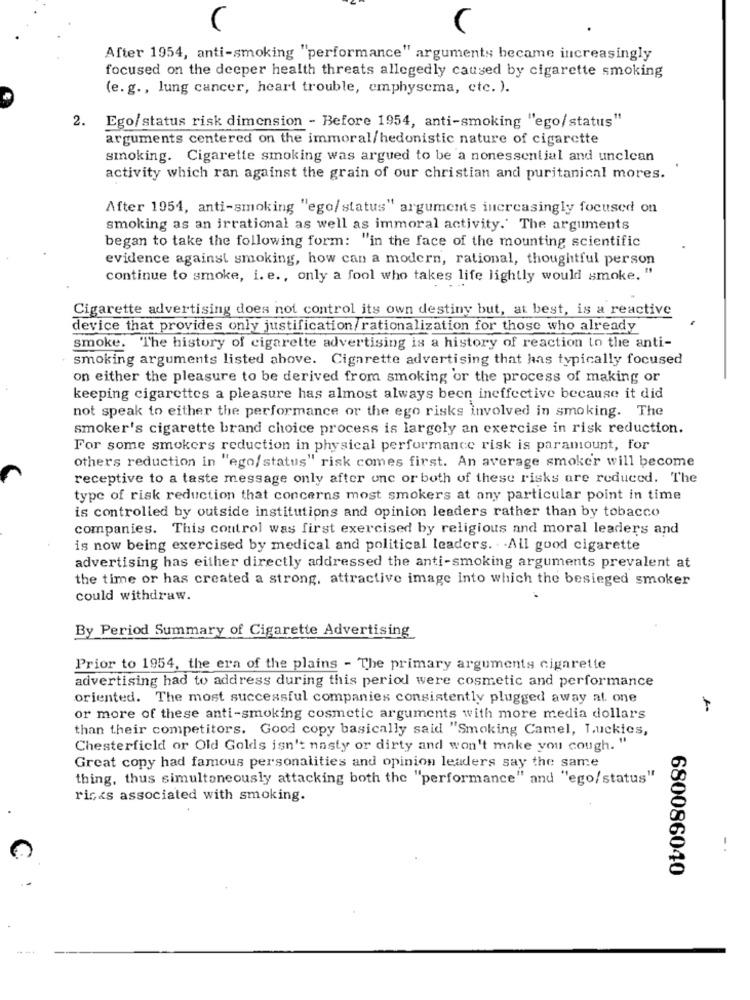
(
After 1954, anti-smoking "performance" arguments became increasingly
focused on the deeper health threats allegedly caused by cigarette smoking
(e. g ., lung cancer, heart trouble, emphysema, etc. ).
2. Ego/status risk dimension - Before 1954, anti-smoking "'ego/status"
arguments centered on the immoral/hedonistic nature of cigarette
smoking. Cigarette smoking was argued to be a nonessential and unclean
activity which ran against the grain of our christian and puritanical mores.
After 1954, anti-smoking "ego/status" arguments increasingly focused on
smoking as an irrational as well as immoral activity.' The arguments
began to take the following form: "in the face of the mounting scientific
evidence against smoking, how can a modern, rational, thoughtful person
continue to smoke, i. e ., only a fool who takes life lightly would smoke. "
Cigarette advertising does not control its own destiny but, at best, is a reactive
device that provides only justification/rationalization for those who already
smoke. The history of cigarette advertising is a history of reaction to the anti-
smoking arguments listed above. Cigarette advertising that has typically focused
on either the pleasure to be derived from smoking or the process of making or
keeping cigarettes a pleasure has almost always been ineffective because it did
not speak to either the performance or the ego risks involved in smoking. The
smoker's cigarette brand choice process is largely an exercise in risk reduction.
For some smokers reduction in physical performance risk is paramount, for
others reduction in "ego/status" risk comes first. An average smoker will become
receptive to a taste message only after onc or both of these risks are reduced. The
type of risk reduction that concerns most smokers at any particular point in time
is controlled by outside institutions and opinion leaders rather than by tobacco
companies. This control was first exercised by religious and moral leaders and
is now being exercised by medical and political leaders. . . All good cigarette
advertising has either directly addressed the anti-smoking arguments prevalent at
the time or has created a strong, attractive image into which the besieged smoker
could withdraw.
By Period Summary of Cigarette Advertising
Prior to 1954, the era of the plains - The primary arguments cigarette
advertising had to address during this period were cosmetic and performance
oriented. The most successful companies consistently plugged away at. one
or more of these anti-smoking cosmetic arguments with more media dollars
than their competitors. Good copy basically said "Smoking Camel, Luckics,
Chesterfield or Old Golds isn't nasty or dirty and won't make you cough. "
Great copy had famous personalities and opinion leaders say the same
thing, thus simultaneously attacking both the "performance" and "'ego/status"
risks associated with smoking.
680086040